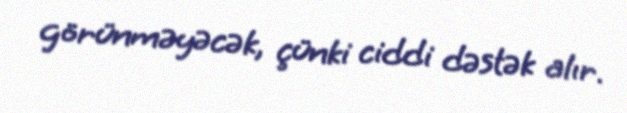
görünməyəcək, çünki ciddi dəstək alır.